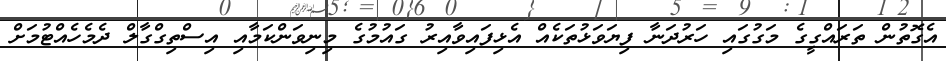
އެގޮތުން ތަރައްގީގެ މަގުގައި ހަރުދަނާ ފިޔަވަޅުތަކެއް އެޅިފައިވާއިރު ގައުމުގެ މިނިވަންކަމާއި އިސްތިގްގާލް ދެމެހެއްޓުމަށް